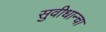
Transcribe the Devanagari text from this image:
सुवीधान्चा